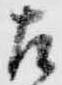
左